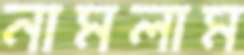
নামলাম